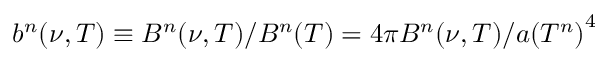
b ^ { n } ( \nu , T ) \equiv B ^ { n } ( \nu , T ) / B ^ { n } ( T ) = 4 \pi B ^ { n } ( \nu , T ) / a { ( T ^ { n } ) } ^ { 4 }